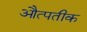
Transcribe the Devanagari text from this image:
औत्पतीक